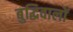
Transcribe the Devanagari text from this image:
बुद्धिवालों